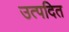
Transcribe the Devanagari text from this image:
उत्पदित